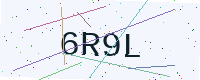
Text: 6R9L